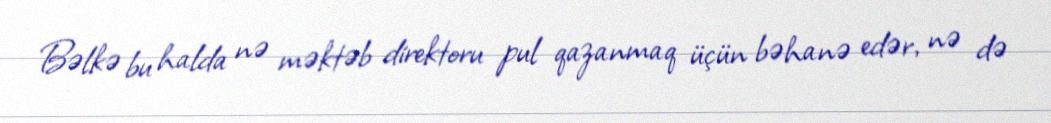
Bəlkə bu halda nə məktəb direktoru pul qazanmaq üçün bəhanə edər, nə də